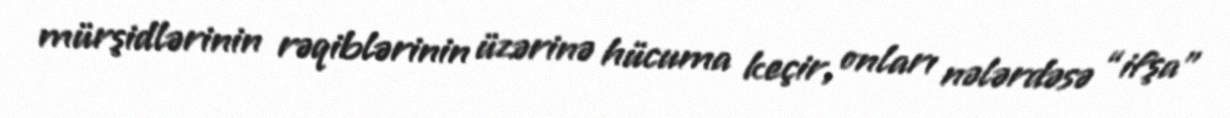
mürşidlərinin rəqiblərinin üzərinə hücuma keçir, onları nələrdəsə “ifşa”